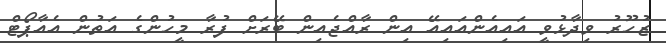
ޒުހޫރު ވިދާޅުވީ އައިއެންއައިއޭ އިން ރާއްޖެއިން ބޭރަށް ފުރާ މީހުންގެ އަތުން އެއާޕޯޓް